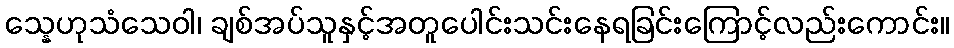
သ္နေဟုသံသေဝါ၊ ချစ်အပ်သူနှင့်အတူပေါင်းသင်းနေရခြင်းကြောင့်လည်းကောင်း။